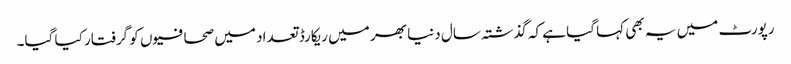
رپورٹ میں یہ بھی کہا گیا ہے کہ گذشتہ سال دنیا بھر میں ریکارڈ تعداد میں صحافیوں کو گرفتار کیا گیا۔